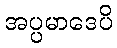
အပ္ပမာဒေပိ